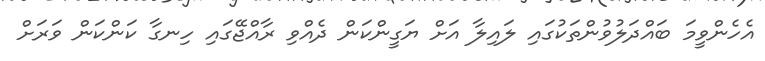
އެހެންވީމަ ބައްދަލުވުންތަކުގައި ލައިލާ އަށް ޔަގީންކަން ދެއްވި ރާއްޖޭގައި ހިނގާ ކަންކަން ވަަރަށް